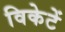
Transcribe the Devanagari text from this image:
विकेटें